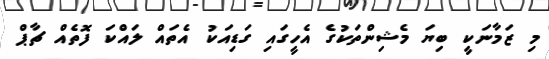
މި ޒަމާނަކީ ބިޔަ މެޝިންތަކުގެ އެހީގައި ގަޑިއަކު އެތައް ލައްކަ ފޮތެއް ޗާޕް